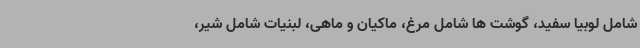
شامل لوبیا سفید، گوشت ها شامل مرغ، ماکیان و ماهی، لبنیات شامل شیر،